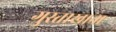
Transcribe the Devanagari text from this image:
गुस्ताखाना